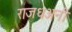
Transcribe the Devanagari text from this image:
राजधअनी